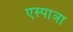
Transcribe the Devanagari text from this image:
एस्पाञा